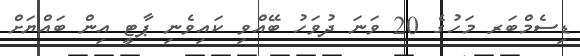
ޑިސެމްބަރ މަހުގެ 20 ވަނަ ދުވަހު ބޭއްވި ކައިވެނި ޕާޓީ އިން ބައްޔަށް